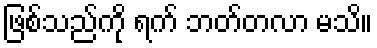
ဖြစ်သည်ကို ရက် ဘတ်တလာ မသိ။